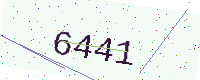
Text: 6441